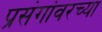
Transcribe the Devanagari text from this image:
प्रसंगांवरच्या